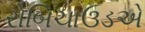
રોબિચાઉડએ